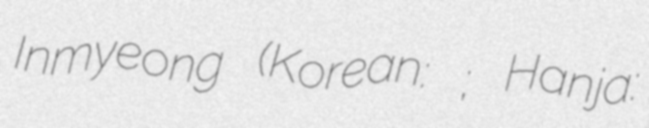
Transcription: Inmyeong (Korean: 인명태후; Hanja: